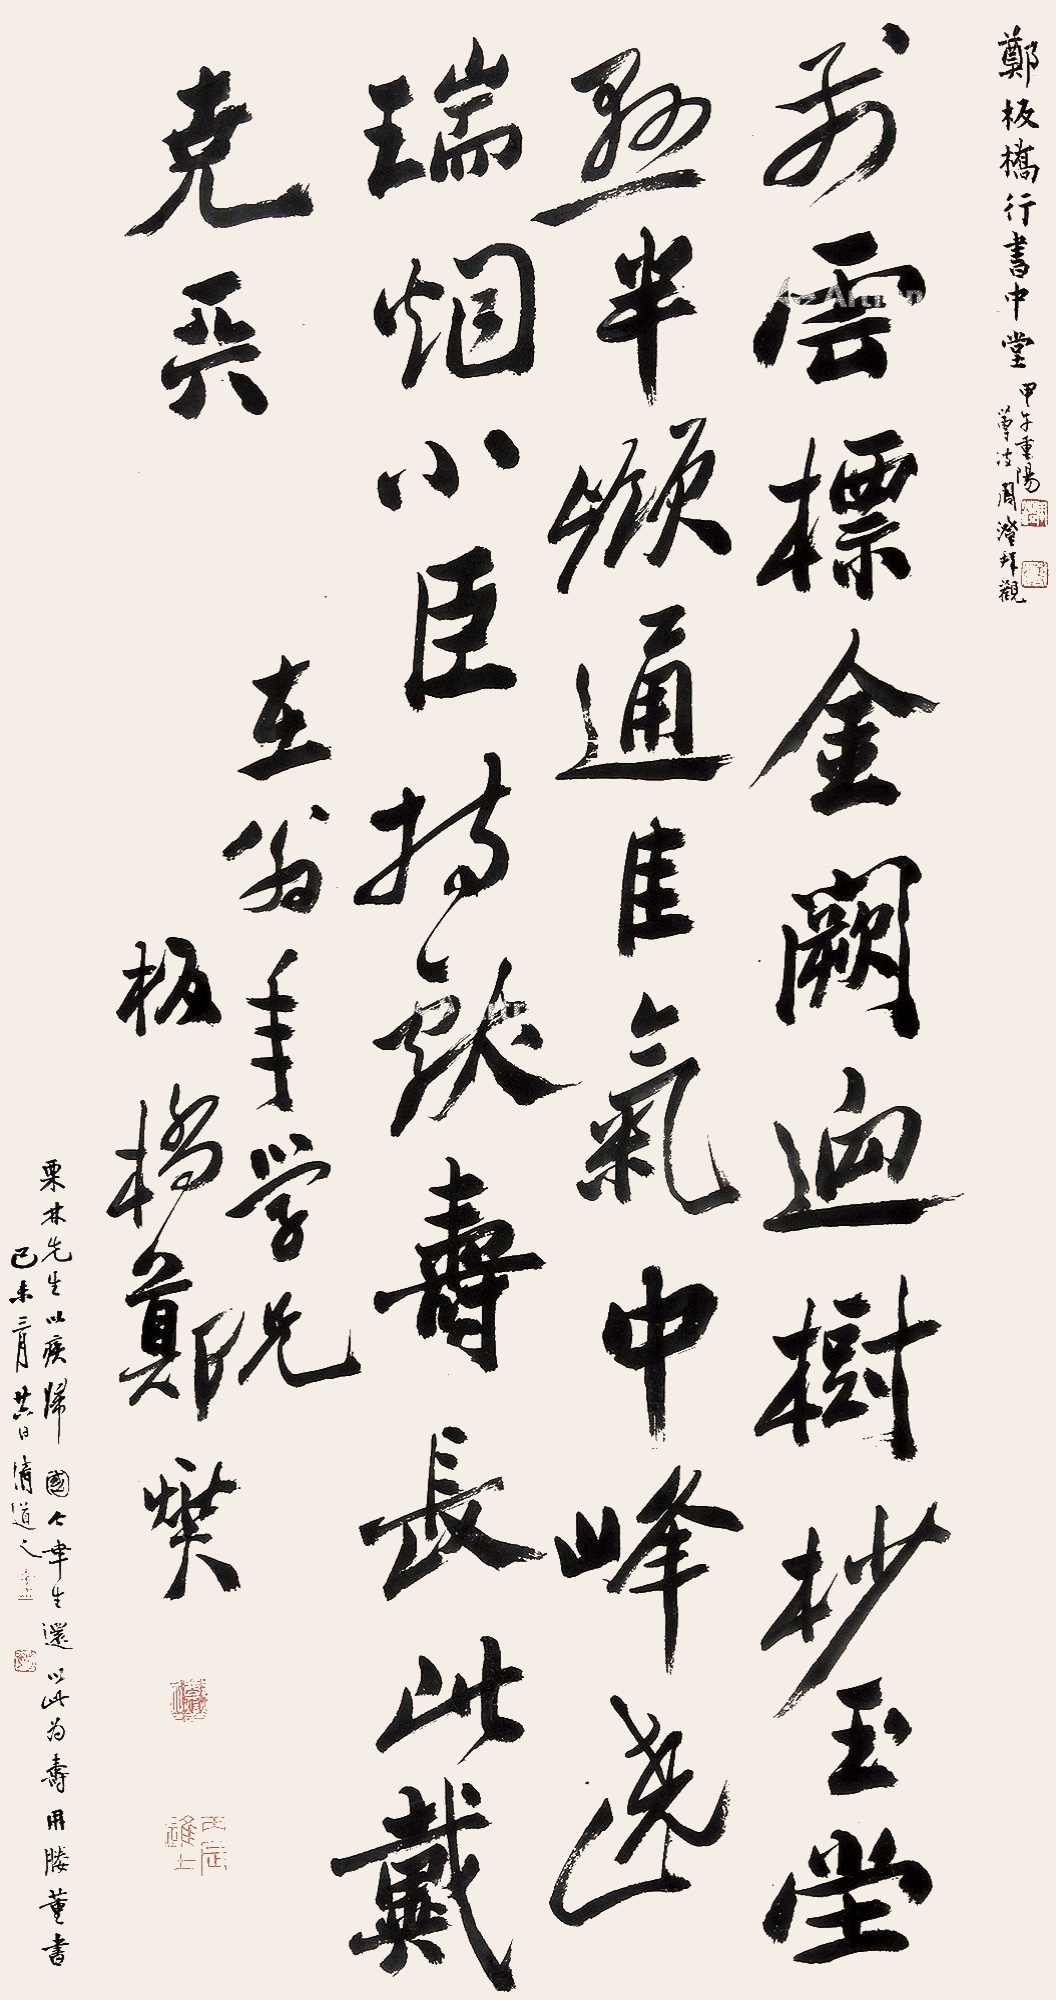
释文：云标金阙迥，树杪玉堂悬。半岭通佳气，中峰绕瑞烟。小臣持献寿，长此戴尧天。在翁年学兄，板桥郑燮。栗林先生以疾归国，今幸生还以此为寿，用媵董书。己未（1919年）三月廿六日，清道人。